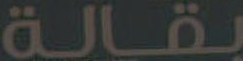
بقالة